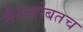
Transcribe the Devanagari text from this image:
सैफसोबतच